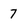
Character: 7